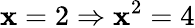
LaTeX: \mathbf{x}=2\Rightarrow\mathbf{x}^{2}=4